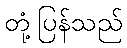
တုံ့ပြန်သည်